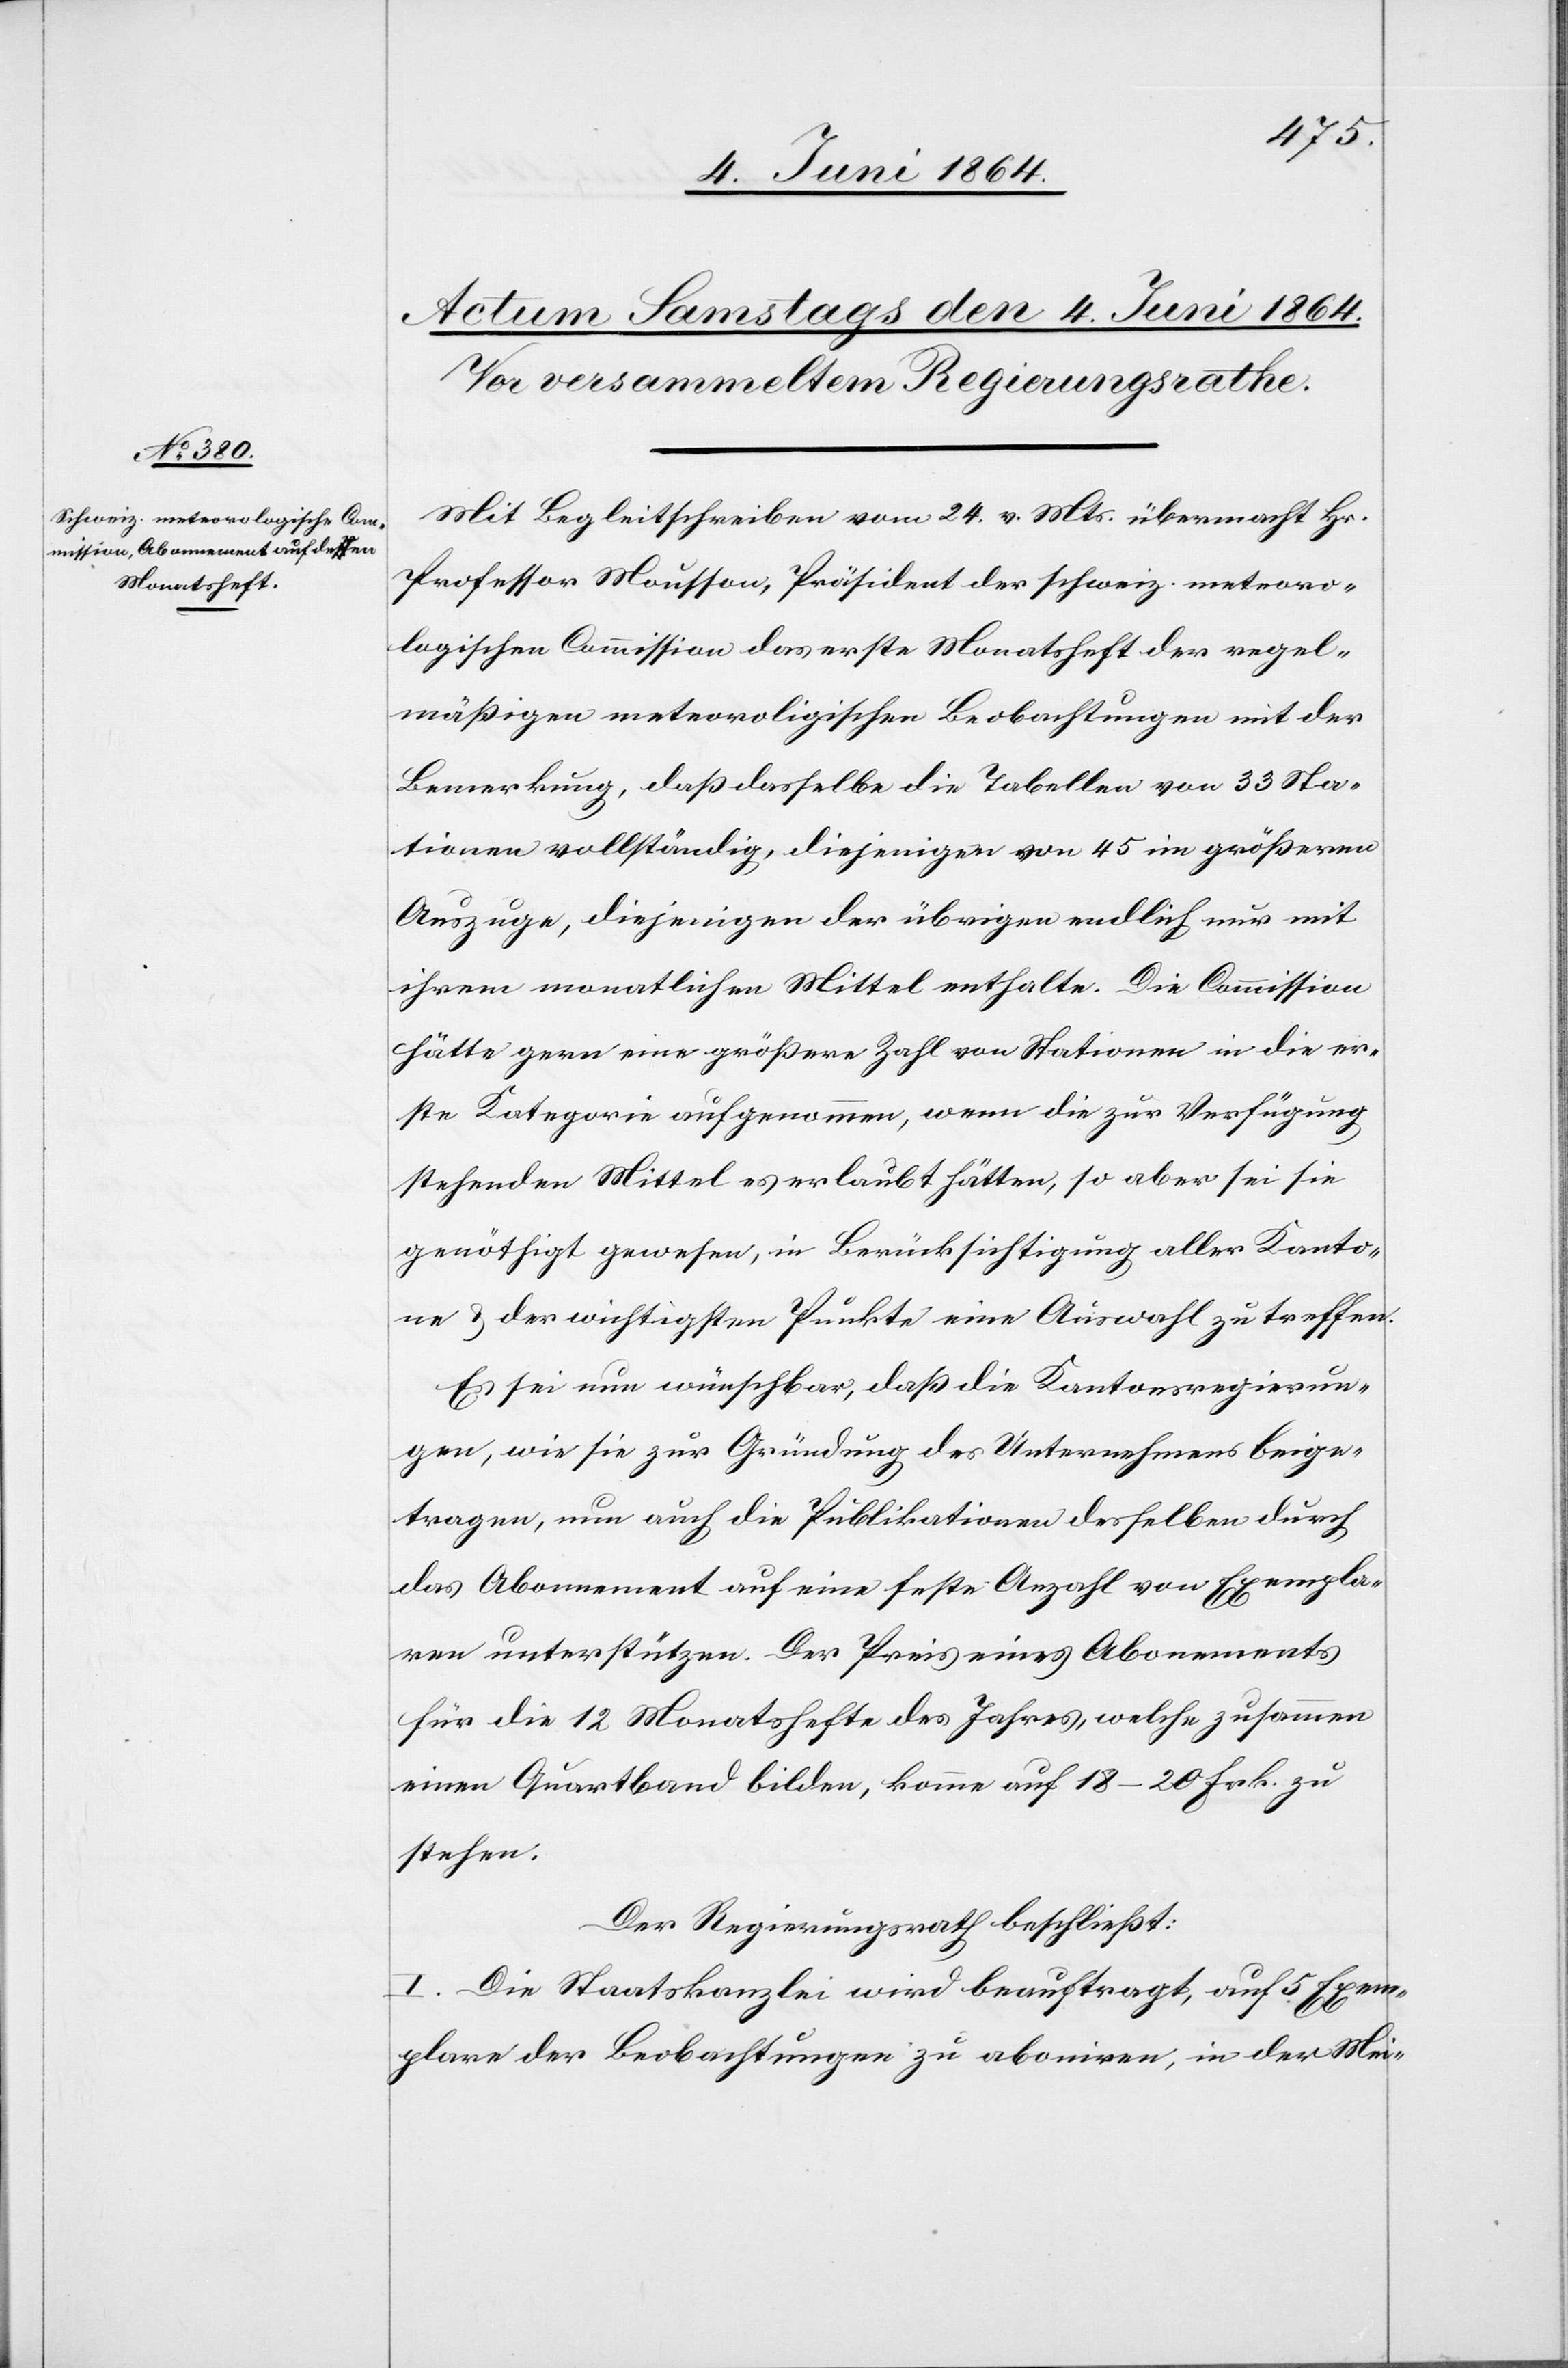
Mit Begleitschreiben vom 24. v. Mts. übermacht Hr.
Professor Mousson, Präsident der schweiz. meteoro¬
logischen Commission das erste Monatsheft der regel¬
mäßigen meteorologischen Beobachtungen mit der
Bemerkung, daß dasselbe die Tabellen von 33 Sta¬
tionen vollständig, diejenigen von 45 im größeren
Auszuge, diejenigen der übrigen endlich nur mit
ihrem monatlichen Mittel enthalte. Die Commission
hätte gern eine größere Zahl von Stationen in die er¬
ste Kategorie aufgenommen, wenn die zur Verfügung
stehenden Mittel es erlaubt hätten, so aber sei sie
genöthigt gewesen, in Berücksichtigung aller Kanto¬
ne u. der wichtigsten Punkte eine Auswahl zu treffen.
Es sei nun wünschbar, daß die Kantonsregierun¬
gen, wie sie zur Gründung des Unternehmens beige¬
tragen, nun auch die Publikationen desselben durch
das Abonnement auf eine feste Anzahl von Exempla¬
ren unterstützen. Der Preis eines Abonnements
für die 12 Monatshefte des Jahres, welche zusammen
einen Quartband bilden, komme auf 18–20 Frk. zu
stehen.
Der Regierungsrath beschließt:
I. Die Staatskanzlei wird beauftragt, auf 5 Exem¬
plare der Beobachtungen zu aboniren [sic!], in der Mei-